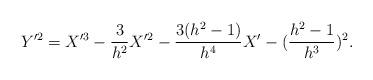
LaTeX: \begin{align*}Y'^2=X'^3-\frac{3}{h^2}X'^2-\frac{3(h^2-1)}{h^4}X'-(\frac{h^2-1}{h^3})^2.\end{align*}